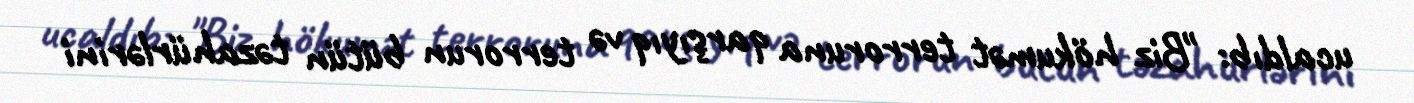
ucaldıb: "Biz hökumət terroruna qarşıyıq və terrorun bütün təzahürlərini